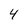
Character: 4